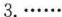
3.……